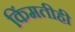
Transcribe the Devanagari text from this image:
किंमतीही